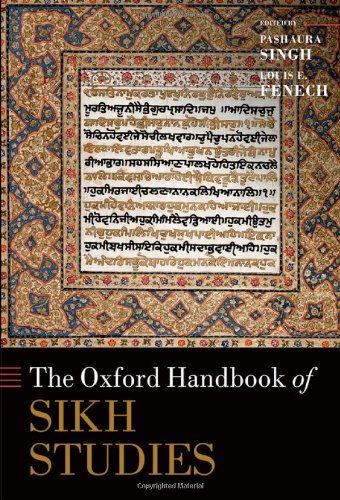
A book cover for The Oxford Handbook of Sikh Studies (Oxford Handbooks in Religion and Theology); Pashaura Singh; Religion & Spirituality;